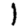
Digit: 1